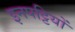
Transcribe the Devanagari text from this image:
इनपट्टियों